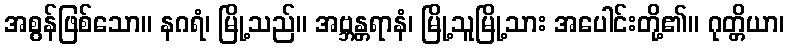
အစွန်ဖြစ်သော။ နဂရံ၊ မြို့သည်။ အဗ္ဘန္တရာနံ၊ မြို့သူမြို့သား အပေါင်းတို့၏။ ဂုတ္တိယာ၊